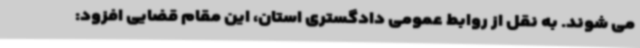
می شوند. به نقل از روابط عمومی دادگستری استان، این مقام قضایی افزود: